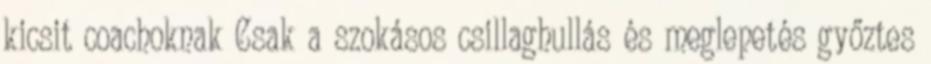
kicsit coachoknak Csak a szokásos csillaghullás és meglepetés győztes